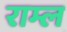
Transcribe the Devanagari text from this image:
राम्ल